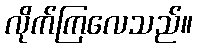
လိုက်ကြလေသည်။